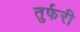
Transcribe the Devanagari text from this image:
तुर्फरी